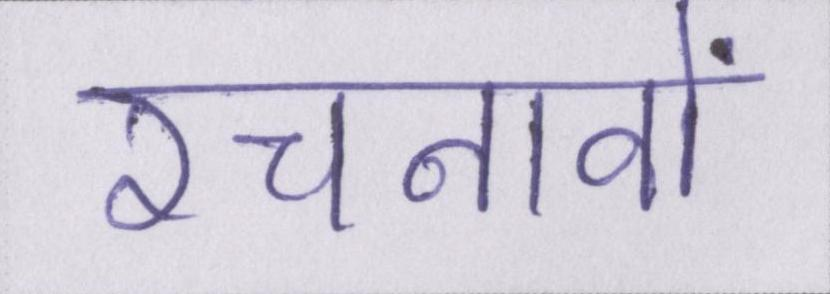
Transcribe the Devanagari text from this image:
रचनावों